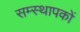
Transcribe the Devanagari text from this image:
सम्स्थापकों